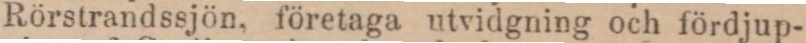
Rörstrandssjön, företaga utvidgning och fördjup-